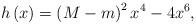
LaTeX: \begin{align*}h\left( x\right) =\left( M-m\right) ^{2}x^{4}-4x^{6}, \end{align*}